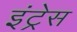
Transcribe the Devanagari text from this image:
इंट्रेस